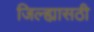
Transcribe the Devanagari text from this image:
जिल्ह्यासठी